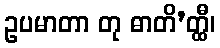
ဥပမာတာ တု ဓာတိ’တ္ထီ၊